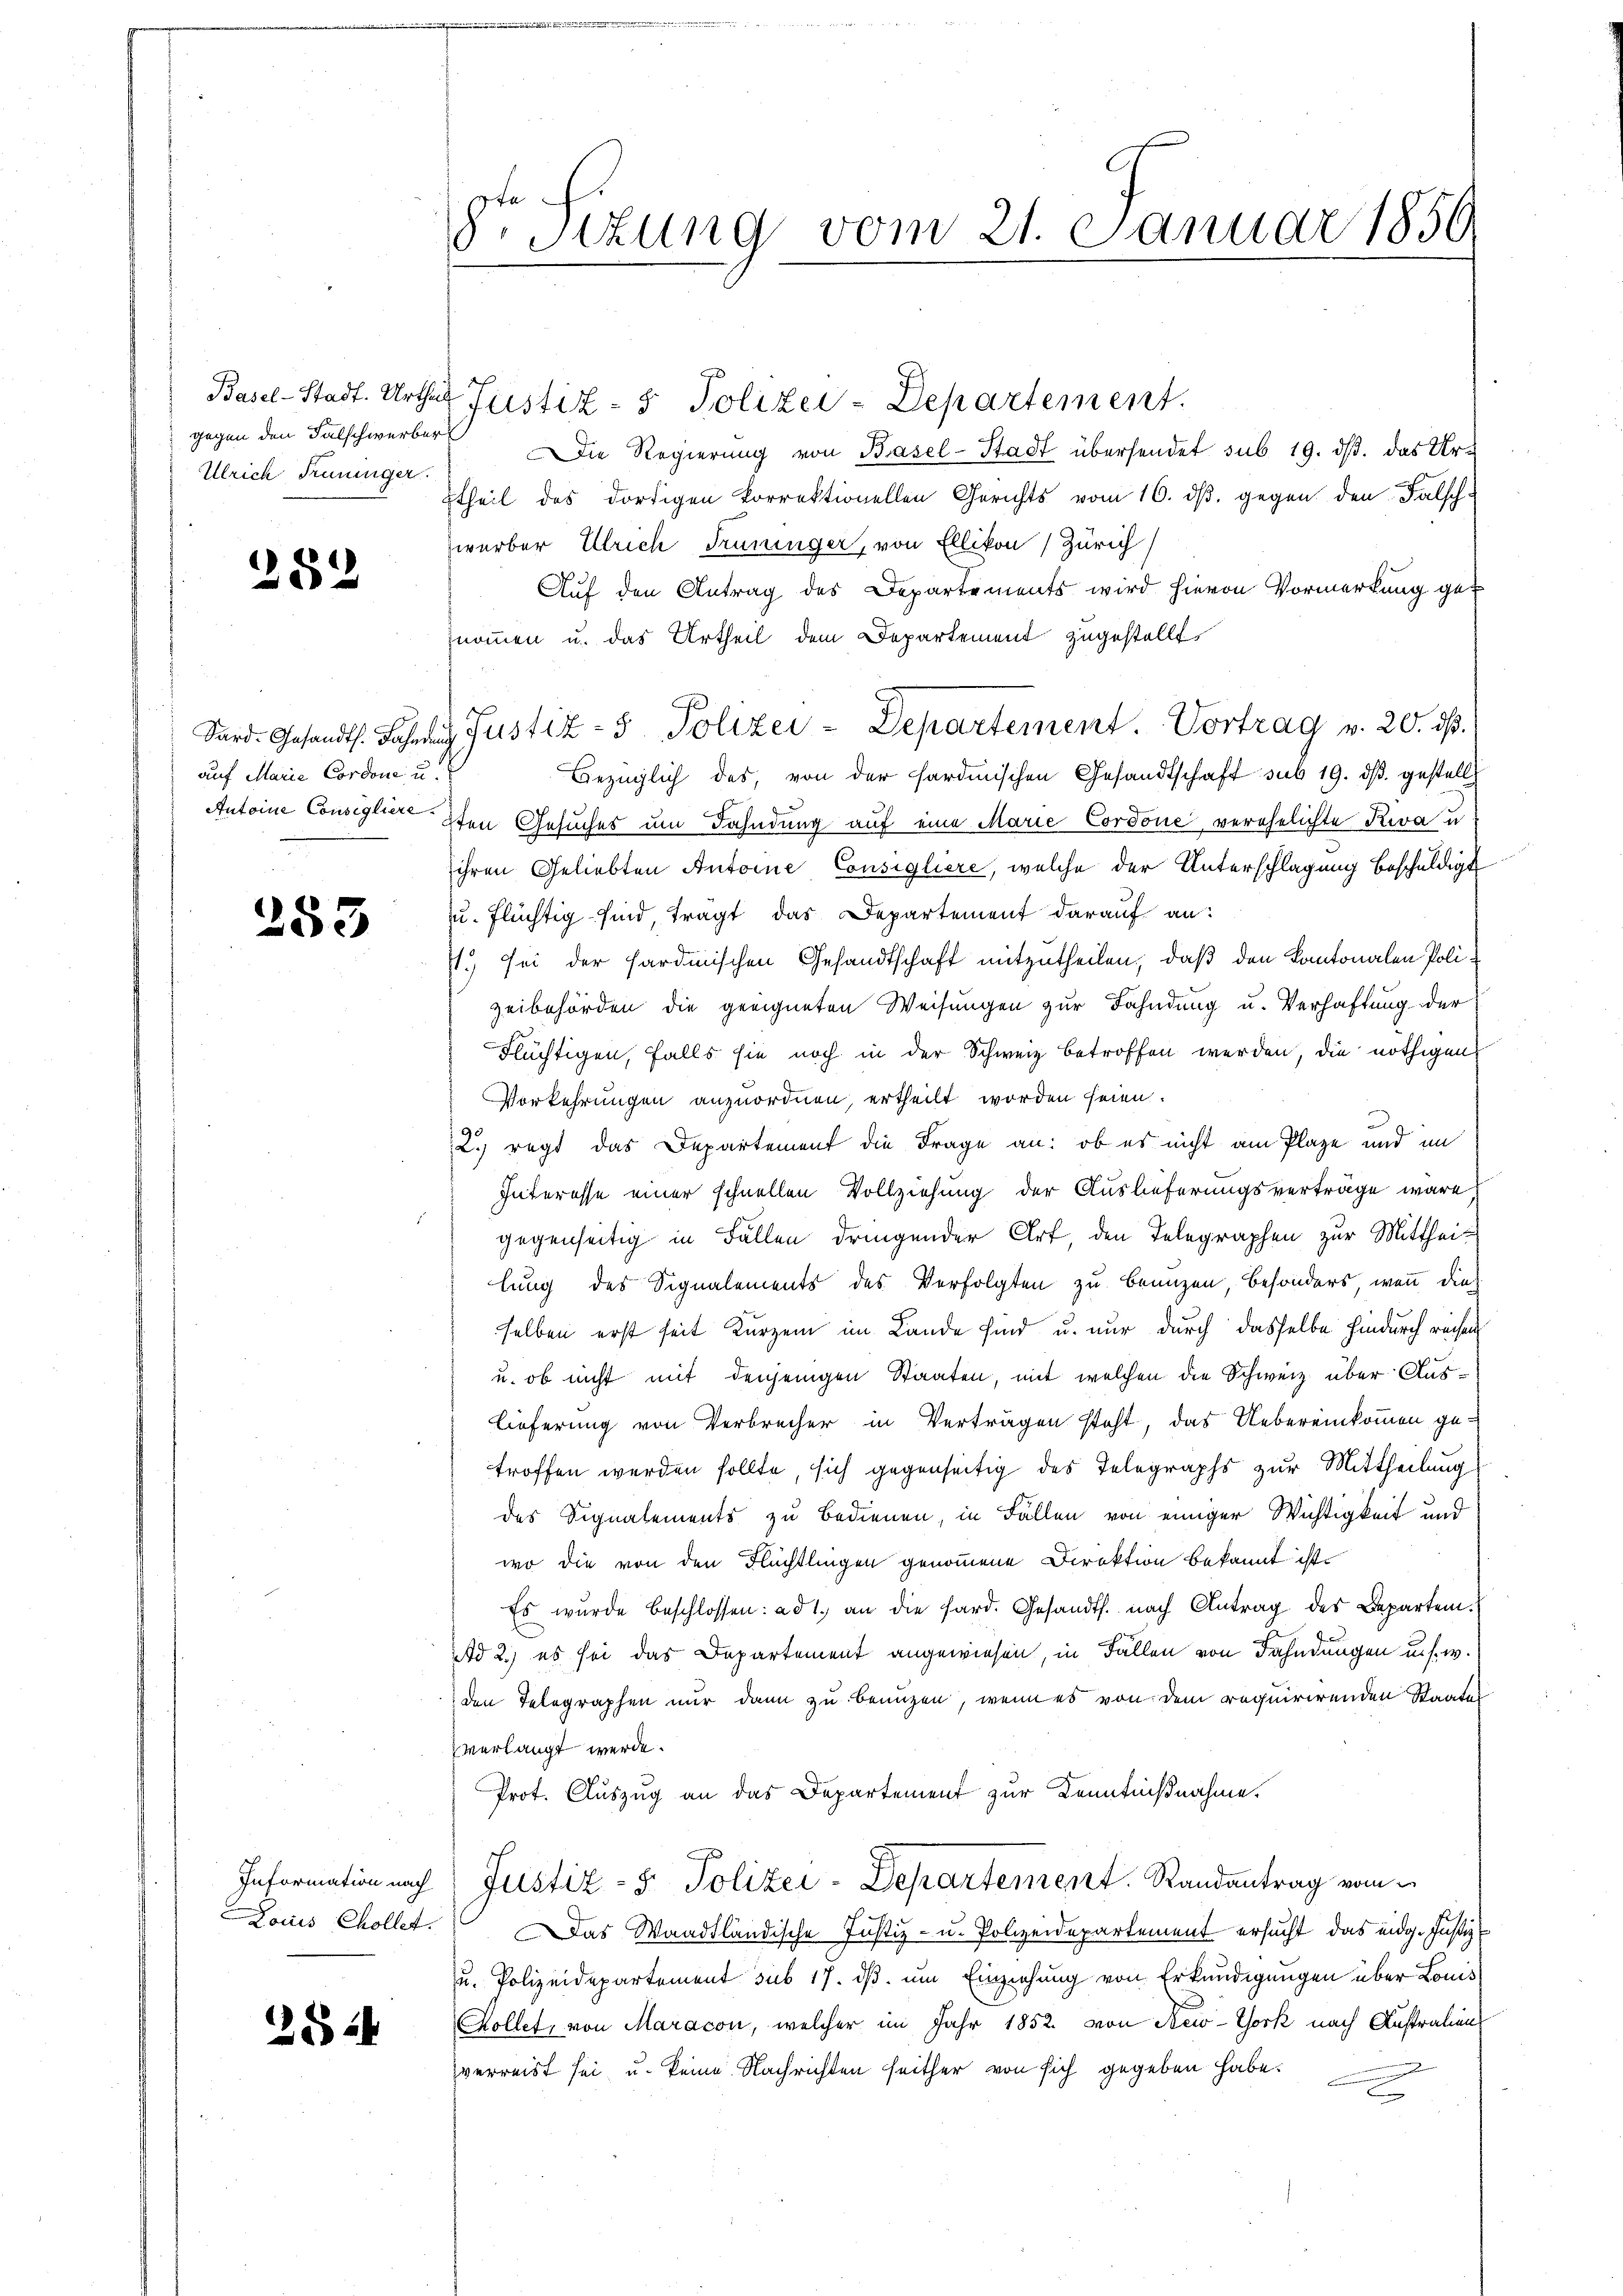
gegen den Falschwerber
Ullrich Trüninger.

282

auf Marie Cordone u.

253

25

S Sizung vom 21. Januar 1850

ie Regierung von Basel-Stadt übersendet sub 19. ds. das Urtheil des dortigen korrektionellen Gerichts vom 16. dβ. gegen den Falsch.
werber Ulrich Trüninger, von Ellikon) Zürich
Auf den Antrag des Departements wird hievon Vormerkung genommen u. das Urtheil dem Departement zugestellt,
Sard. Gesandts. Lahnen Justiz- & Polizei-Departement. Vortrag v. 20. ds.
Bezüglich des, von der fardischen Gesandtschaft sub 19. dβ. gestellt
Antoine Consigliere 8ten Gesuches um Fahndung auf eine Marie Cordone verehelichte Riva u.
ihren Geliebten Antoine Consigliere, welche der Unterschlagung beschuldigt
zu flüchtig sind, tragt, das Departement darauf an:
.) sei der Hardmischen Gesandtschaft mitzutheilen, daß den Kantonalen Polizeibehörden die geeigneten Weisungen zur Fahndung u. Verhaftung der
Flüchtigen, falls sie noch in der Schweiz betroffen werden, die nöthigen
Vorkehrungen anzuordnen, ertheilt worden seien.
2. regt das Departement die Frage an: ob es nicht am Plaze und im
Interesse einer schnellen Vollziehung der Auslieferungsverträge wäre
gegenseitig in Fällen dringender Art, den Telegraphen zur Mittheil
lung des Signalements des Verfolgten zu brenzen, besonders, wenn dies
selben erst seit kurzem im Lande sind u. nur durch dasselbe hindurch rechen
u. ob nicht mit denjenigen Staaten, mit welchen die Schweiz über Auslieferung von Verbrecher in Verträgen steht, das Uebereinkommen getroffen werden sollte, sich gegenseitig des Telegraphs zur Mittheilung
des Signalements zu bedienen, in Fällen von einiger Wichtigkeit und
wo die von den Flüchtlingen genommene Direktion bekannt ist.
Es wurde beschlossen: ad 1. an die fard. Gesandts. nach Antrag des Departen.
Ad 2.) es sei das Departement angewiesen, in Fällen von Fahndungen u. s. w.
den Telegraphen nur dann zu benuzen, wenn es von dem requirirenden Staates
verlangt werde.
Prot. Auszug an das Departement zur Kenntnißnahme.
Information nach Justiz- & Polizei-Departement. Randantrag vom
Louis Chollet. Das Waadtländische Justiz- u. Polizeidepartement ersucht, das eidg. Justiz-
u. Polizeidepartement sub 17. ds. um Einziehung von Erkundigungen über Louis
Kollet, von Maracon, welcher im Jahr 1852. von New-York nach Australien
verreist sei, u. keine Nachrichten seither von sich gegeben habe.
2

Basel-Stadt. Urthes Justiz- & Polizei-Departement